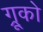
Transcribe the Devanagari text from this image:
ग्रूको